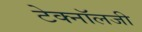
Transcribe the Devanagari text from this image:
टेक्‍नॉलजी